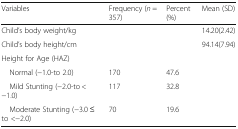
| Variables | Frequency (n = 357) | Percent (%) | Mean (SD) |
 | --- | --- | --- | --- |
 | Child’s body weight/kg |  |  | 14.20(2.42) |
 | Child’s body height/cm |  |  | 94.14(7.94) |
 | <COLSPAN=4> Height for Age (HAZ) |
 | Normal (−1.0-to 2.0) | 170 | 47.6 |  |
 | Mild Stunting (−2.0-to < −1.0) | 117 | 32.8 |  |
 | Moderate Stunting (−3.0 ≤ to <−2.0) | 70 | 19.6 |  |